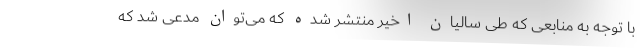
با توجه به منابعی که طی سالیان اخیر منتشر شده که می‌توان مدعی شد که